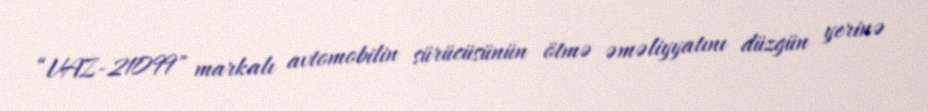
“VAZ-21099" markalı avtomobilin sürücüsünün ötmə əməliyyatını düzgün yerinə